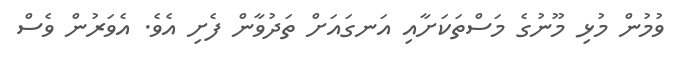
ވުމުން މުޅި މޫނުގެ މަސްތަކަށާއި އަނގައަށް ތަދުވާން ފެށި އެވެ. އެވަރުން ވެސް